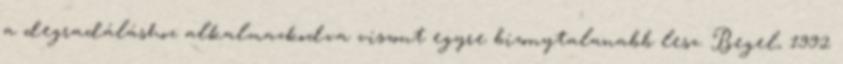
a degradáláshoz alkalmazkodva viszont egyre bizonytalanabb lesz. Begel, 1992